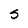
Character: S